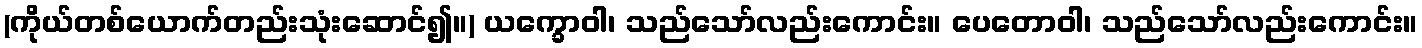
(ကိုယ်တစ်ယောက်တည်းသုံးဆောင်၍။) ယက္ခောဝါ၊ သည်သော်လည်းကောင်း။ ပေတောဝါ၊ သည်သော်လည်းကောင်း။